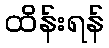
ထိန်းရန်